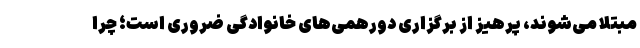
مبتلا می‌شوند، پرهیز از برگزاری دورهمی‌های خانوادگی ضروری است؛ چرا